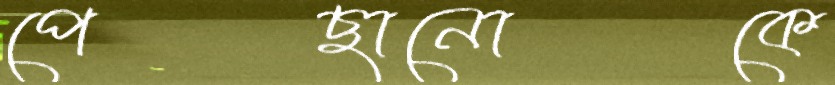
পেছানোকে